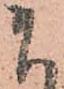
ま